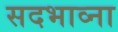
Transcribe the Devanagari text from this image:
सदभाव्ना